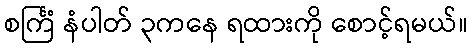
စင်္ကြံ နံပါတ် ၃ကနေ ရထားကို စောင့်ရမယ်။